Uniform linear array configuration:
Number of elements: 64
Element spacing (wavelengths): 0.5
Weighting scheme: hann
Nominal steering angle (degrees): -60
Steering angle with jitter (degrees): -59.348
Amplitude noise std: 0.05
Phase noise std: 0.05

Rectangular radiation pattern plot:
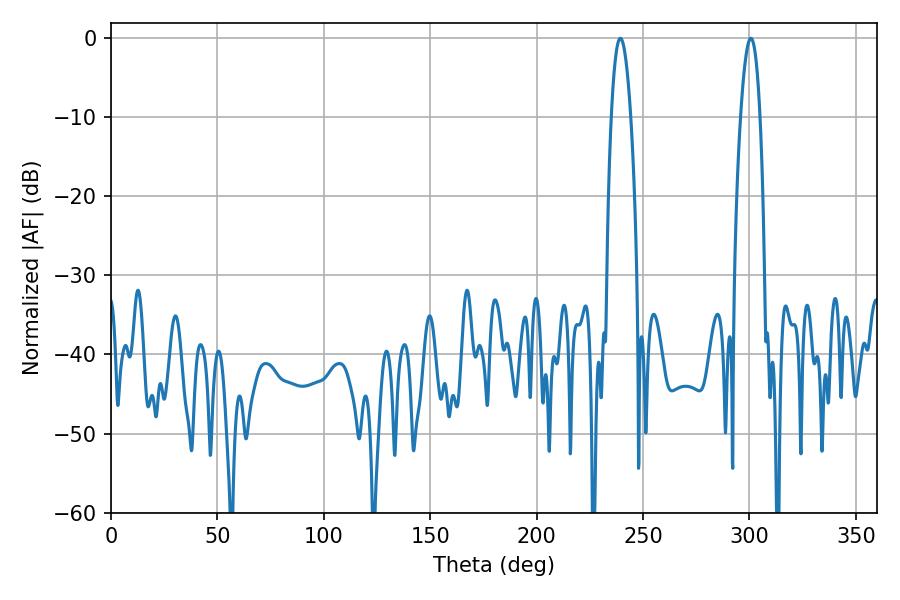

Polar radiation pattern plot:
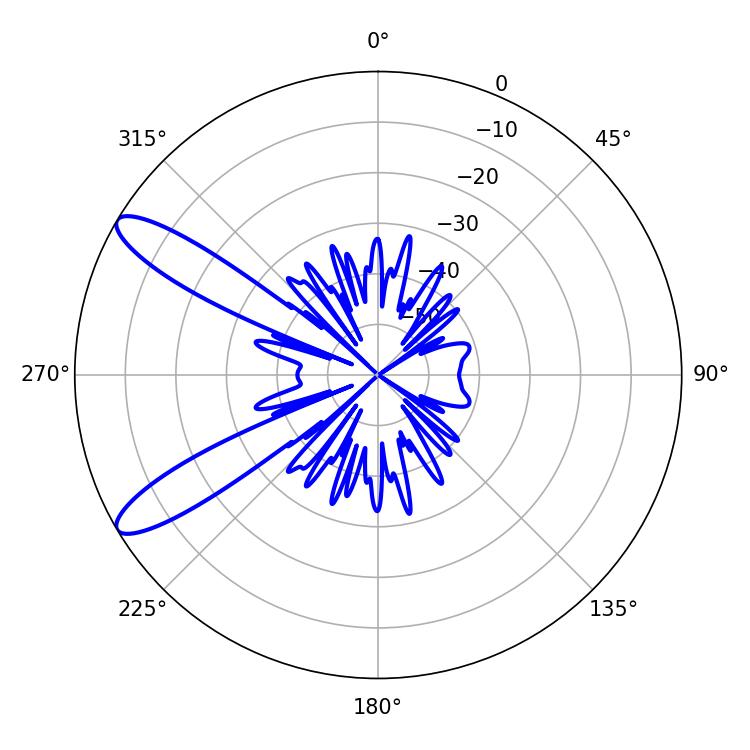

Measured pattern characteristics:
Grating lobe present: FALSE
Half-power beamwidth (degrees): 5.04
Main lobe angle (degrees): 300.6